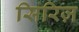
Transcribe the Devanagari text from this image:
सिरिज़